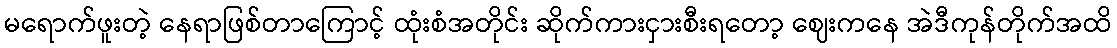
မရောက်ဖူးတဲ့ နေရာဖြစ်တာကြောင့် ထုံးစံအတိုင်း ဆိုက်ကားငှားစီးရတော့ ဈေးကနေ အဲဒီကုန်တိုက်အထိ